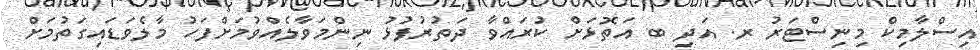
އިސްލާމިކް މިނިސްޓަރު ރ. އަދި ބ އަތޮޅަށް ކުރައްވާ ދަތުރުފުޅު ނިންމަވާލެއްވުމަށްފަހު މާލެވަޑައިގަތުމަށް